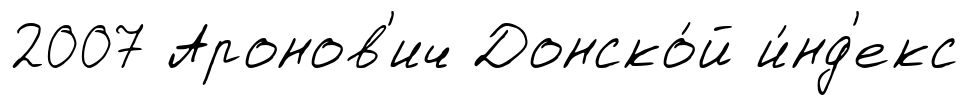
2007 Аронов'ич Донско́й и́нд'екс